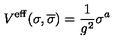
V ^ { \mathrm { e f f } } ( \sigma , \overline { { \sigma } } ) = \frac { 1 } { g ^ { 2 } } \sigma ^ { a }